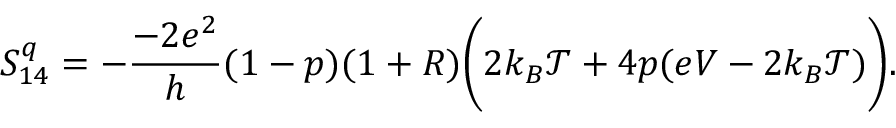
{ S _ { 1 4 } ^ { q } = - \frac { - 2 e ^ { 2 } } { h } ( 1 - p ) ( 1 + R ) \bigg ( 2 k _ { B } \mathcal { T } + 4 p ( e V - 2 k _ { B } \mathcal { T } ) \bigg ) . }